Report of an investigation into the causes of the diseases known in Assam as Kála-Azár and Beri-Beri
Disease focus: Beri-Beri
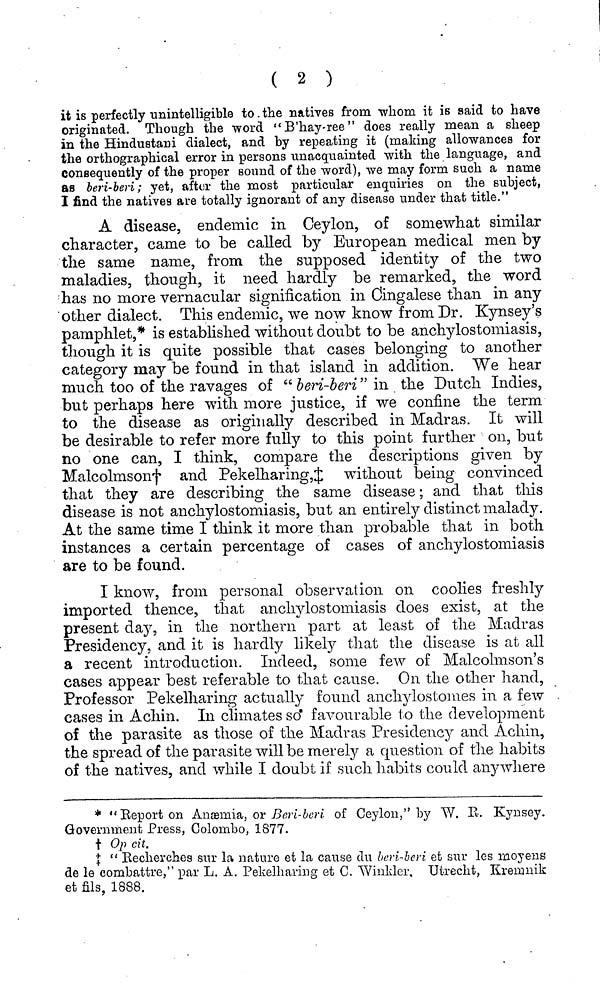
( 2 )
it is perfectly unintelligible to the natives from whom it is said to have
originated. Though the word "B'hay-ree" does really mean a sheep
in the Hindustani dialect, and hy repeating it (making allowances for
the orthographical error in persons unacquainted with the language, and
consequently of the proper sound of the word), we may form such a name
as beri-beri; yet, after the most particular enquiries on the subject,
I find the natives are totally ignorant of any disease under that title."
A disease, endemic in Ceylon, of somewhat similar
character, came to be called by European medical men by
the same name, from the supposed identity of the two
maladies, though, it need hardly be remarked, the word
has no more vernacular signification in Cingalese than in any
other dialect. This endemic, we now know from Dr. Kynsey's
pamphlet,* is established without doubt to be anchylostomiasis,
though it is quite possible that cases belonging to another
category may be found in that island in addition. We hear
much too of the ravages of " beri-beri " in the Dutch Indies,
but perhaps here with more justice, if we confine the term
to the disease as originally described in Madras. It will
be desirable to refer more fully to this point further on, but
no one can, I think, compare the descriptions given by
Malcolmson† and Pekelharing,‡ without being convinced
that they are describing the same disease ; and that this
disease is not anchylostomiasis, but an entirely distinct malady.
At the same time I think it more than probable that in both
instances a certain percentage of cases of anchylostomiasis
are to be found.
I know, from personal observation on coolies freshly
imported thence, that anchylostomiasis does exist, at the
present day, in the northern part at least of the Madras
Presidency, and it is hardly likely that the disease is at all
a recent introduction. Indeed, some few of Malcolmson's
cases appear best referable to that cause. On the other hand,
Professor Pekelharing actually found anclrylostomes in a few
cases in Achin. In climates so" favourable to the development
of the parasite as those of the Madras Presidency and Achin,
the spread of the parasite will be merely a question of the habits
of the natives, and while I doubt if such habits could anywhere
* "Beporton Anemia, or Beri-beri of Ceylon," by W. B. Kynsey.
Government Press, Colombo, 1877.
† Op cit.
‡ " Kecherches sur la nature et la cause du beri-beri et sur les moyens
de le combattre," par L. A. Pekelharing et C. "Winkler, Utrecht, Kremuik
et fila, 1888.